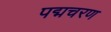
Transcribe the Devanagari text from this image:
पद्मचरण